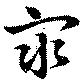
衆